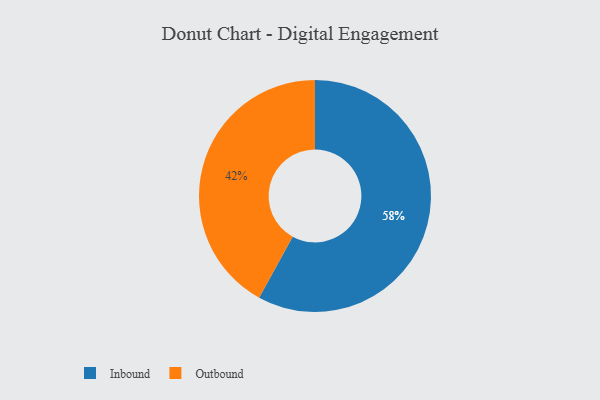
{"axis": {"x": "Category", "y": "Percentage"}, "legend": ["Inbound", "Outbound"], "data": [{"x": "Inbound", "y": 58, "type": "Inbound"}, {"x": "Outbound", "y": 42, "type": "Outbound"}]}